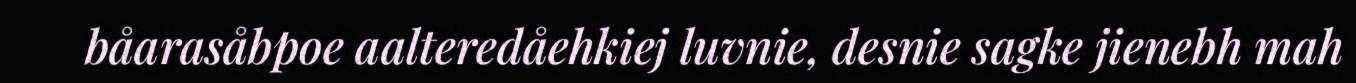
båarasåbpoe aalteredåehkiej luvnie, desnie sagke jienebh mah